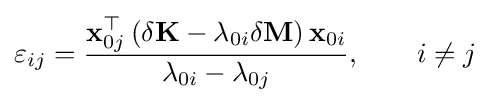
\varepsilon _{ij}={\frac {\mathbf {x} _{0j}^{\top }\left(\delta \mathbf {K} -\lambda _{0i}\delta \mathbf {M} \right)\mathbf {x} _{0i}}{\lambda _{0i}-\lambda _{0j}}},\qquad i\neq j